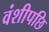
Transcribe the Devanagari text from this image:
वंशीपछि